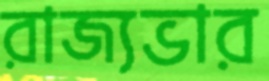
রাজ্যভার